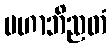
မဟာဘိညတံ